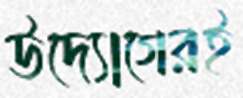
উদ্যোগেরই